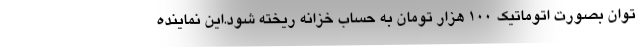
توان بصورت اتوماتیک ۱۰۰ هزار تومان به حساب خزانه ریخته شود.اين نماينده